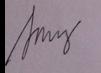
Signature authenticity: genuine